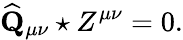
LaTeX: \widehat{\mathbf{Q}}_{\mu\nu}\star Z^{\mu\nu}=0.